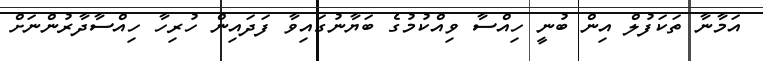
އަމާނާ ތަކަފުލް އިން ބުނީ ހިއްސާ ވިއްކުމުގެ ބަޔާނުގައިވާ ފަދައިން ހުރިހާ ހިއްސާދާރުންނަށް